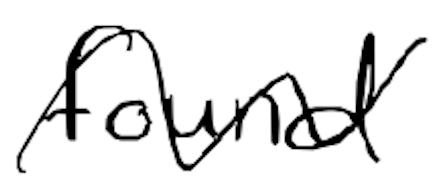
Text: found
Cross-out: wave
Writing tool: digital_black